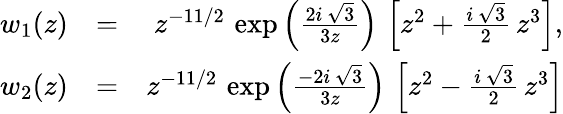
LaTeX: \begin{array}{rlr}{w_{1}(z)}&{=}&{z^{-11/2}\, \exp\left(\frac{2i\, \sqrt{3}}{3z}\right)\, \left[z^{2}+\frac{i\, \sqrt{3}}{2}\, z^{3}\right],}\\ {w_{2}(z)}&{=}&{z^{-11/2}\, \exp\left(\frac{-2i\, \sqrt{3}}{3z}\right)\, \left[z^{2}-\frac{i\, \sqrt{3}}{2}\, z^{3}\right]}\end{array}